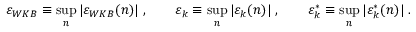
\varepsilon _ { W K B } \equiv \operatorname * { s u p } _ { n } | \varepsilon _ { W K B } ( n ) | \; , \qquad \varepsilon _ { k } \equiv \operatorname * { s u p } _ { n } | \varepsilon _ { k } ( n ) | \; , \qquad \varepsilon _ { k } ^ { * } \equiv \operatorname * { s u p } _ { n } | \varepsilon _ { k } ^ { * } ( n ) | \; .